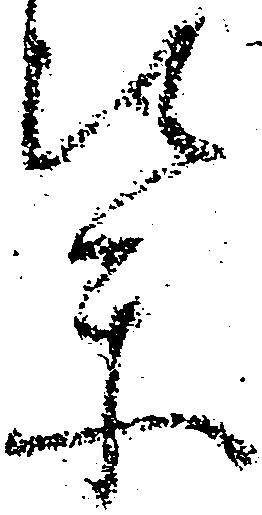
輩